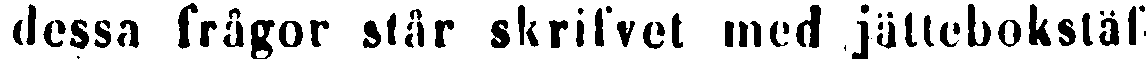
dessa frågor står skrifvet med jättebokstäf-